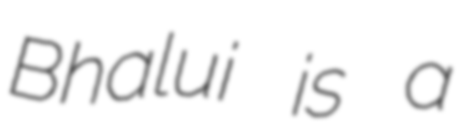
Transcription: Bhalui is a